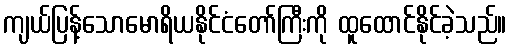
ကျယ်ပြန့်သောမောရိယနိုင်ငံတော်ကြီးကို ထူထောင်နိုင်ခဲ့သည်။